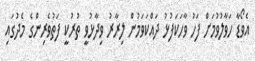
އެވޯޑާ ހަވާލުވުމަށް ފަހު ވާހަކަފުޅު ދައްކަވަމުން ލިރާރު ވިދާޅުވީ ތުރުކީ ފަތުވެރިންގެ މެދުގައި